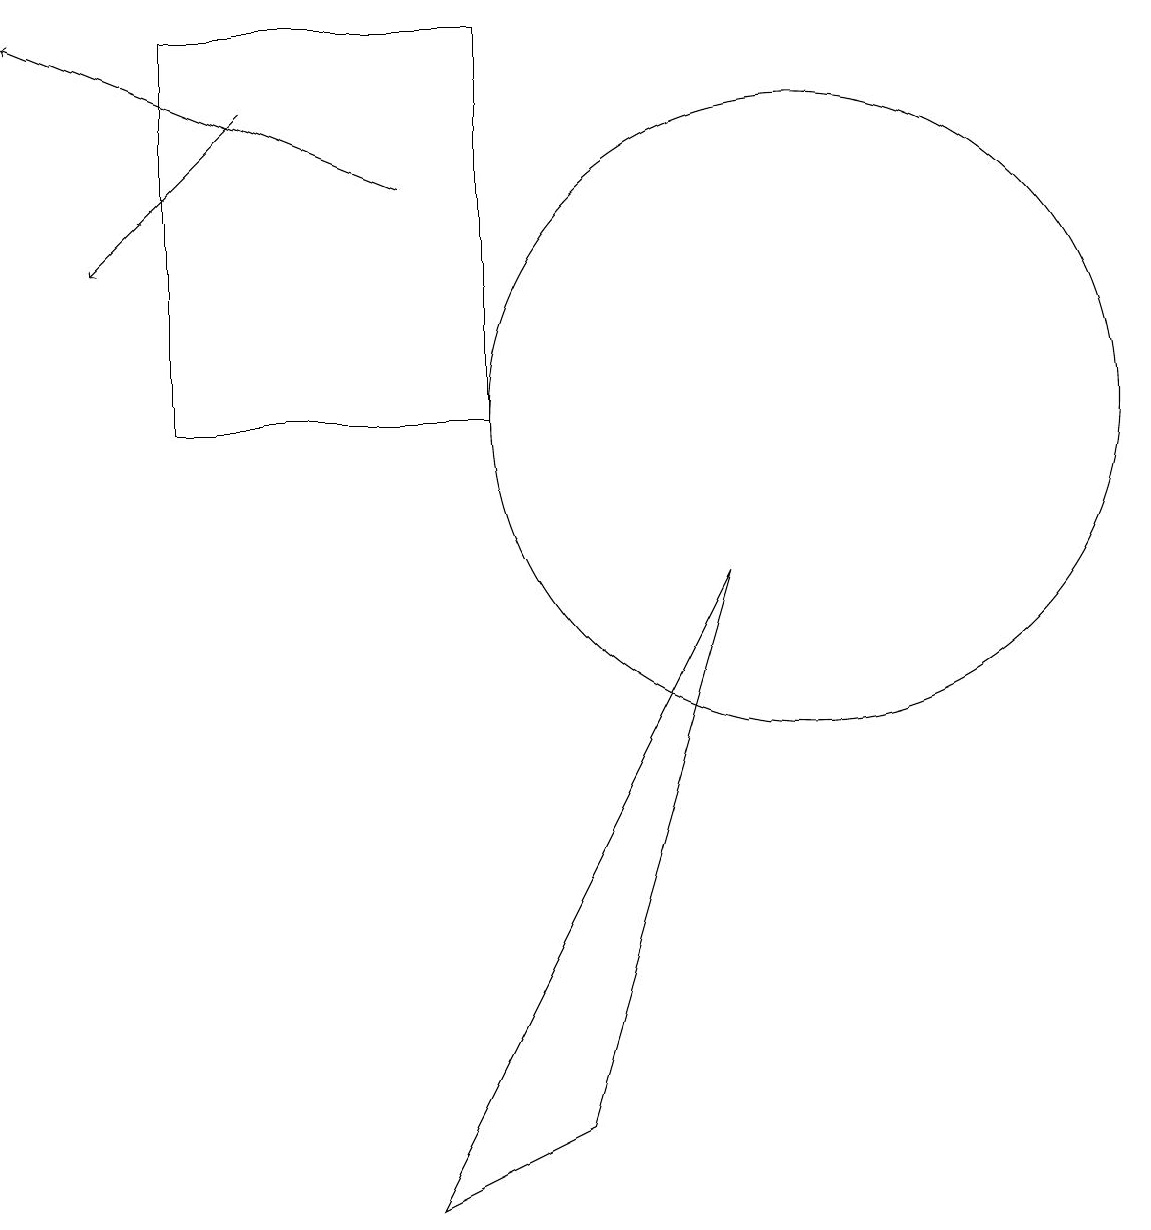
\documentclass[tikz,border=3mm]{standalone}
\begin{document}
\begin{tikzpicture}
\draw[->] (5,14) -- (0,16);
\draw[->] (3,15) -- (1,13);
\draw (2,11) rectangle (6,16);
\draw (10,11) circle (4);
\draw (9,9) -- (5,1) -- (7,2) -- cycle;
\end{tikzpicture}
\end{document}